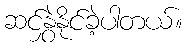
ဆင်နွှဲနိုင်ခဲ့ပါတယ်။